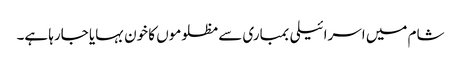
شام میں اسرائیلی بمباری سے مظلوموں کا خون بہایا جارہا ہے۔